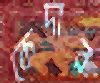
কেদার